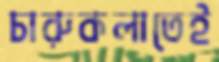
চারুকলাতেই